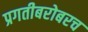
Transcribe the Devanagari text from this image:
प्रगतीबरोबरच